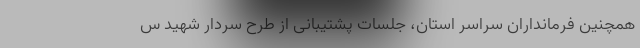
همچنین فرمانداران سراسر استان، جلسات پشتیبانی از طرح سردار شهید س